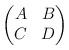
LaTeX: \begin{align*} \begin{pmatrix} A & B \\ C & D \end{pmatrix}\end{align*}